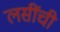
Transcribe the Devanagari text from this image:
लसींची